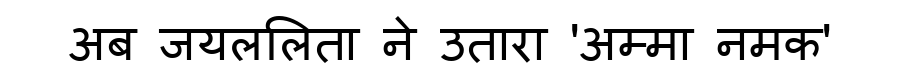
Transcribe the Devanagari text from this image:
अब जयललिता ने उतारा 'अम्मा नमक'